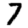
Digit: 7